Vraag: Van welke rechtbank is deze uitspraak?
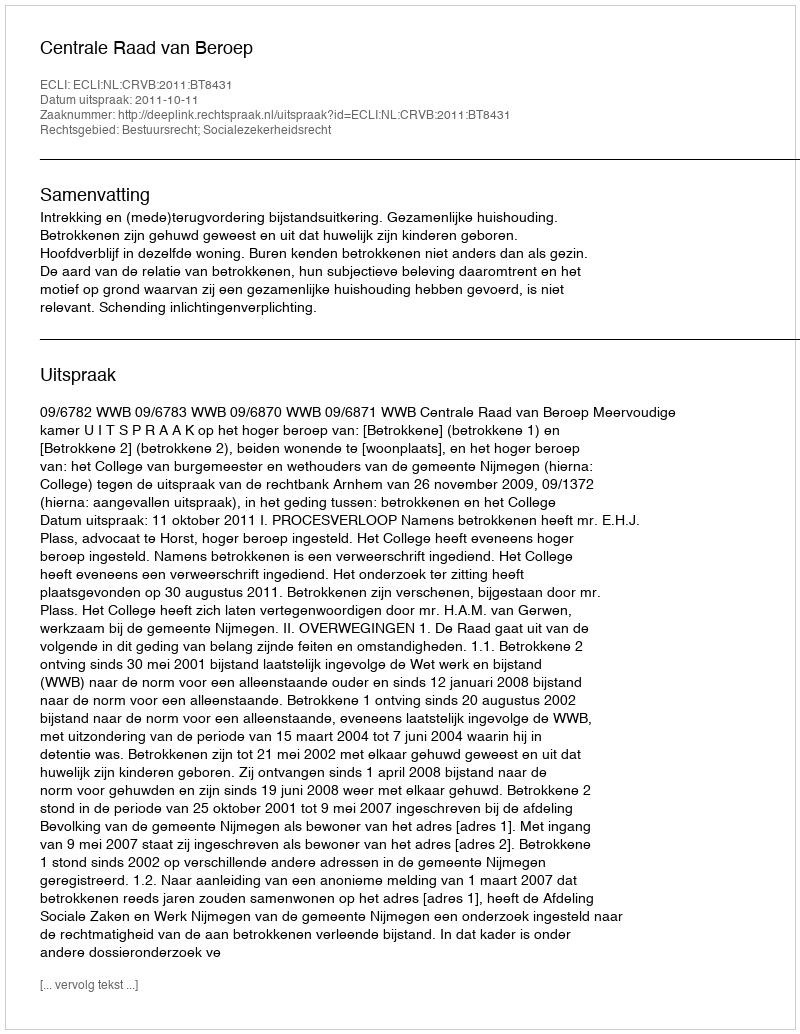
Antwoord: Centrale Raad van Beroep